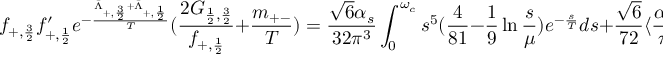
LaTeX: f _ { + , { \frac { 3 } { 2 } } } f _ { + , { \frac { 1 } { 2 } } } ^ { \prime } e ^ { - { \frac { \bar { \Lambda } _ { + , { \frac { 3 } { 2 } } } + \bar { \Lambda } _ { + , { \frac { 1 } { 2 } } } } { T } } } ( { \frac { 2 G _ { { \frac { 1 } { 2 } } , { \frac { 3 } { 2 } } } } { f _ { + , { \frac { 1 } { 2 } } } } } + { \frac { m _ { + - } } { T } } ) = { \frac { \sqrt { 6 } \alpha _ { s } } { 3 2 \pi ^ { 3 } } } \int _ { 0 } ^ { \omega _ { c } } s ^ { 5 } ( { \frac { 4 } { 8 1 } } - { \frac { 1 } { 9 } } \ln { \frac { s } { \mu } } ) e ^ { - { \frac { s } { T } } } d s + { \frac { \sqrt { 6 } } { 7 2 } } \langle { \frac { \alpha _ { s } } { \pi } } G ^ { 2 } \rangle T ^ { 2 } \; ,